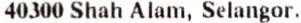
40300 SHAH ALAM, SELANGOR.